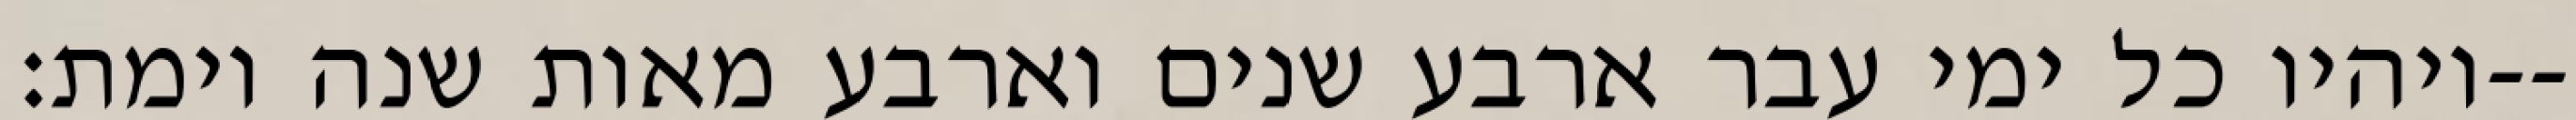
ויהיו כל ימי עבר ארבע שנים וארבע מאות שנה וימת׃--